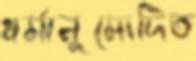
ধর্মানুমোদিত